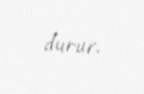
durur.